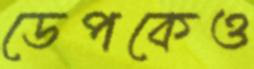
ডেপকেও